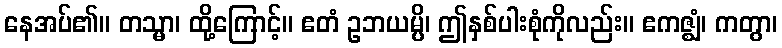
နေအပ်၏။ တသ္မာ၊ ထို့ကြောင့်။ ဧတံ ဥဘယမ္ပိ၊ ဤနှစ်ပါးစုံကိုလည်း။ ဧကဇ္ဈံ၊ ကတွာ၊